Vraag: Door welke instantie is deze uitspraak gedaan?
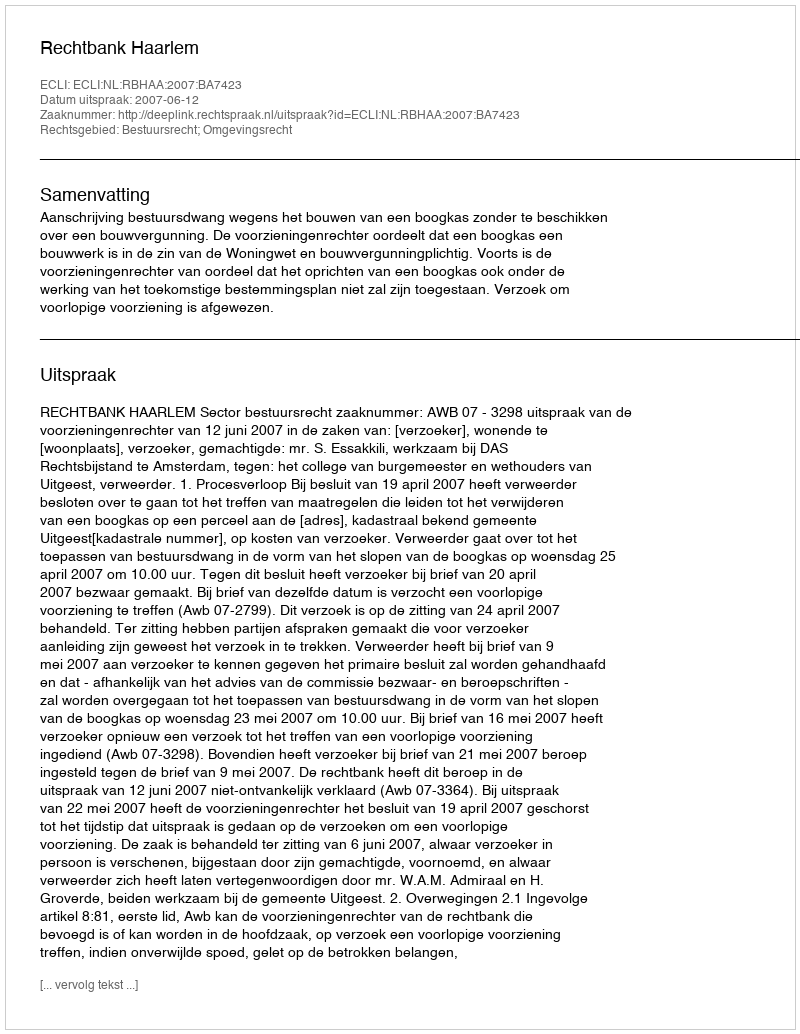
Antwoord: Rechtbank Haarlem